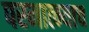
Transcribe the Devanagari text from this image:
परमात्म्याच